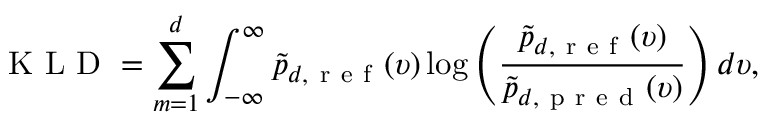
\mathrm { ~ K ~ L ~ D ~ } = \sum _ { m = 1 } ^ { d } \int _ { - \infty } ^ { \infty } \tilde { p } _ { d , \mathrm { ~ r ~ e ~ f ~ } } ( \upsilon ) \log \left( \frac { \tilde { p } _ { d , \mathrm { ~ r ~ e ~ f ~ } } ( \upsilon ) } { \tilde { p } _ { d , \mathrm { ~ p ~ r ~ e ~ d ~ } } ( \upsilon ) } \right) d \upsilon ,